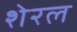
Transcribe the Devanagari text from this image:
शेरल